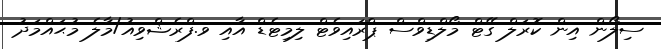
ސިލޯން އިން ކޮރަލް ގޭޓް މޯލްޑިވްސް ޕްރައިވެޓް ލިމިޓެޑް އާއި ވ.ފްރެޝްވިއު/މާލެ މުޙައްމަދު